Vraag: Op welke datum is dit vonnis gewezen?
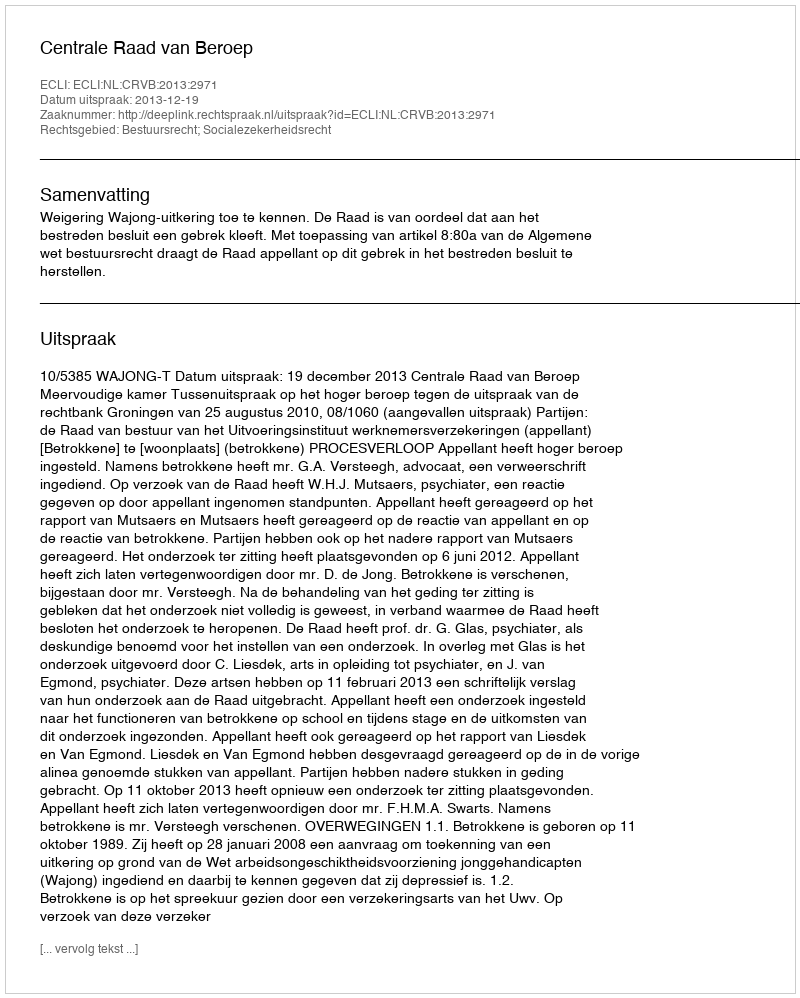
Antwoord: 2013-12-19